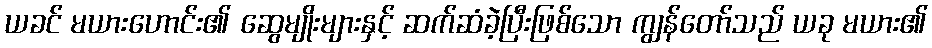
ယခင် မယားဟောင်း၏ ဆွေမျိုးများနှင့် ဆက်ဆံခဲ့ပြီးဖြစ်သော ကျွန်တော်သည် ယခု မယား၏